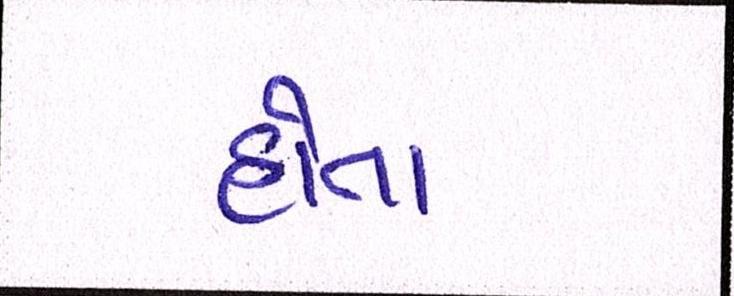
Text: હોતા